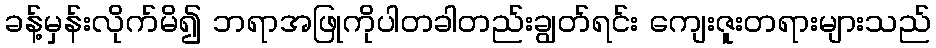
ခန့်မှန်းလိုက်မိ၍ ဘရာအဖြုကိုပါတခါတည်းချွတ်ရင်း ကျေးဇူးတရားများသည်